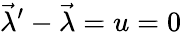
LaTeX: {\vec{\lambda}}^{\prime}-{\vec{\lambda}}=u=0